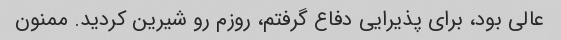
عالی بود، برای پذیرایی دفاع گرفتم، روزم رو شیرین کردید. ممنون